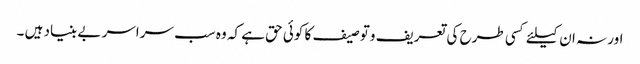
اور نہ ان کیلئے کسی طرح کی تعریف وتوصیف کا کوئی حق ہے کہ وہ سب سراسر بے بنیاد ہیں ۔